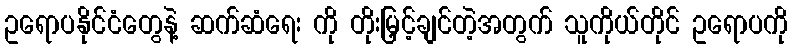
ဥရောပနိုင်ငံတွေနဲ့ ဆက်ဆံရေး ကို တိုးမြှင့်ချင်တဲ့အတွက် သူကိုယ်တိုင် ဥရောပကို